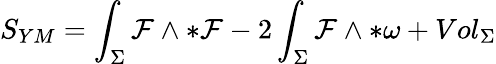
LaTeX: S_{YM}=\int_{\Sigma}{\cal{F}}\wedge*{\cal{F}}-2\int_{\Sigma}{\cal{F}}\wedge*{\omega}+Vol_{{\Sigma}}